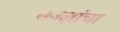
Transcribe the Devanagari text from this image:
तज्‍ज्ञांचा